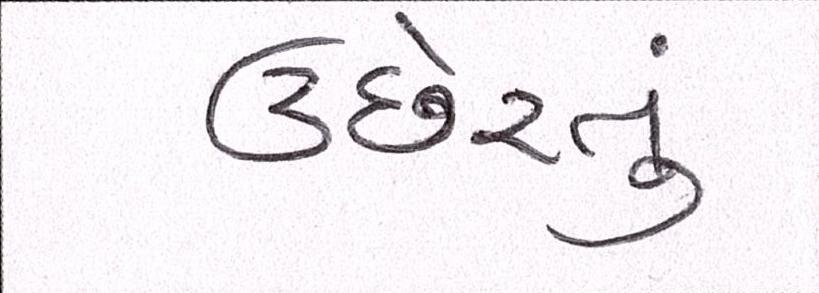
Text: ઉછેરતું